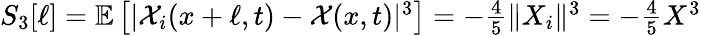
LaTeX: \begin{array}{r}{S_{3}[\ell]=\mathbb{E}\left[|\mathcal{X}_{i}(x+\ell,t)-\mathcal{X}(x,t)|^{3}\right]=-\frac{4}{5}\| X_{i}\| ^{3}=-\frac{4}{5}X^{3}}\end{array}